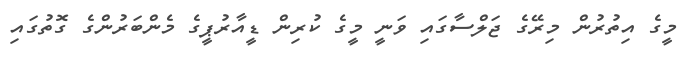
މީގެ އިތުރުން މިރޭގެ ޖަލްސާގައި ވަނީ މީގެ ކުރިން ޑީއާރުޕީގެ މެންބަރުންގެ ގޮތުގައި